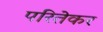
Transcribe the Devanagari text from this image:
परितेकर